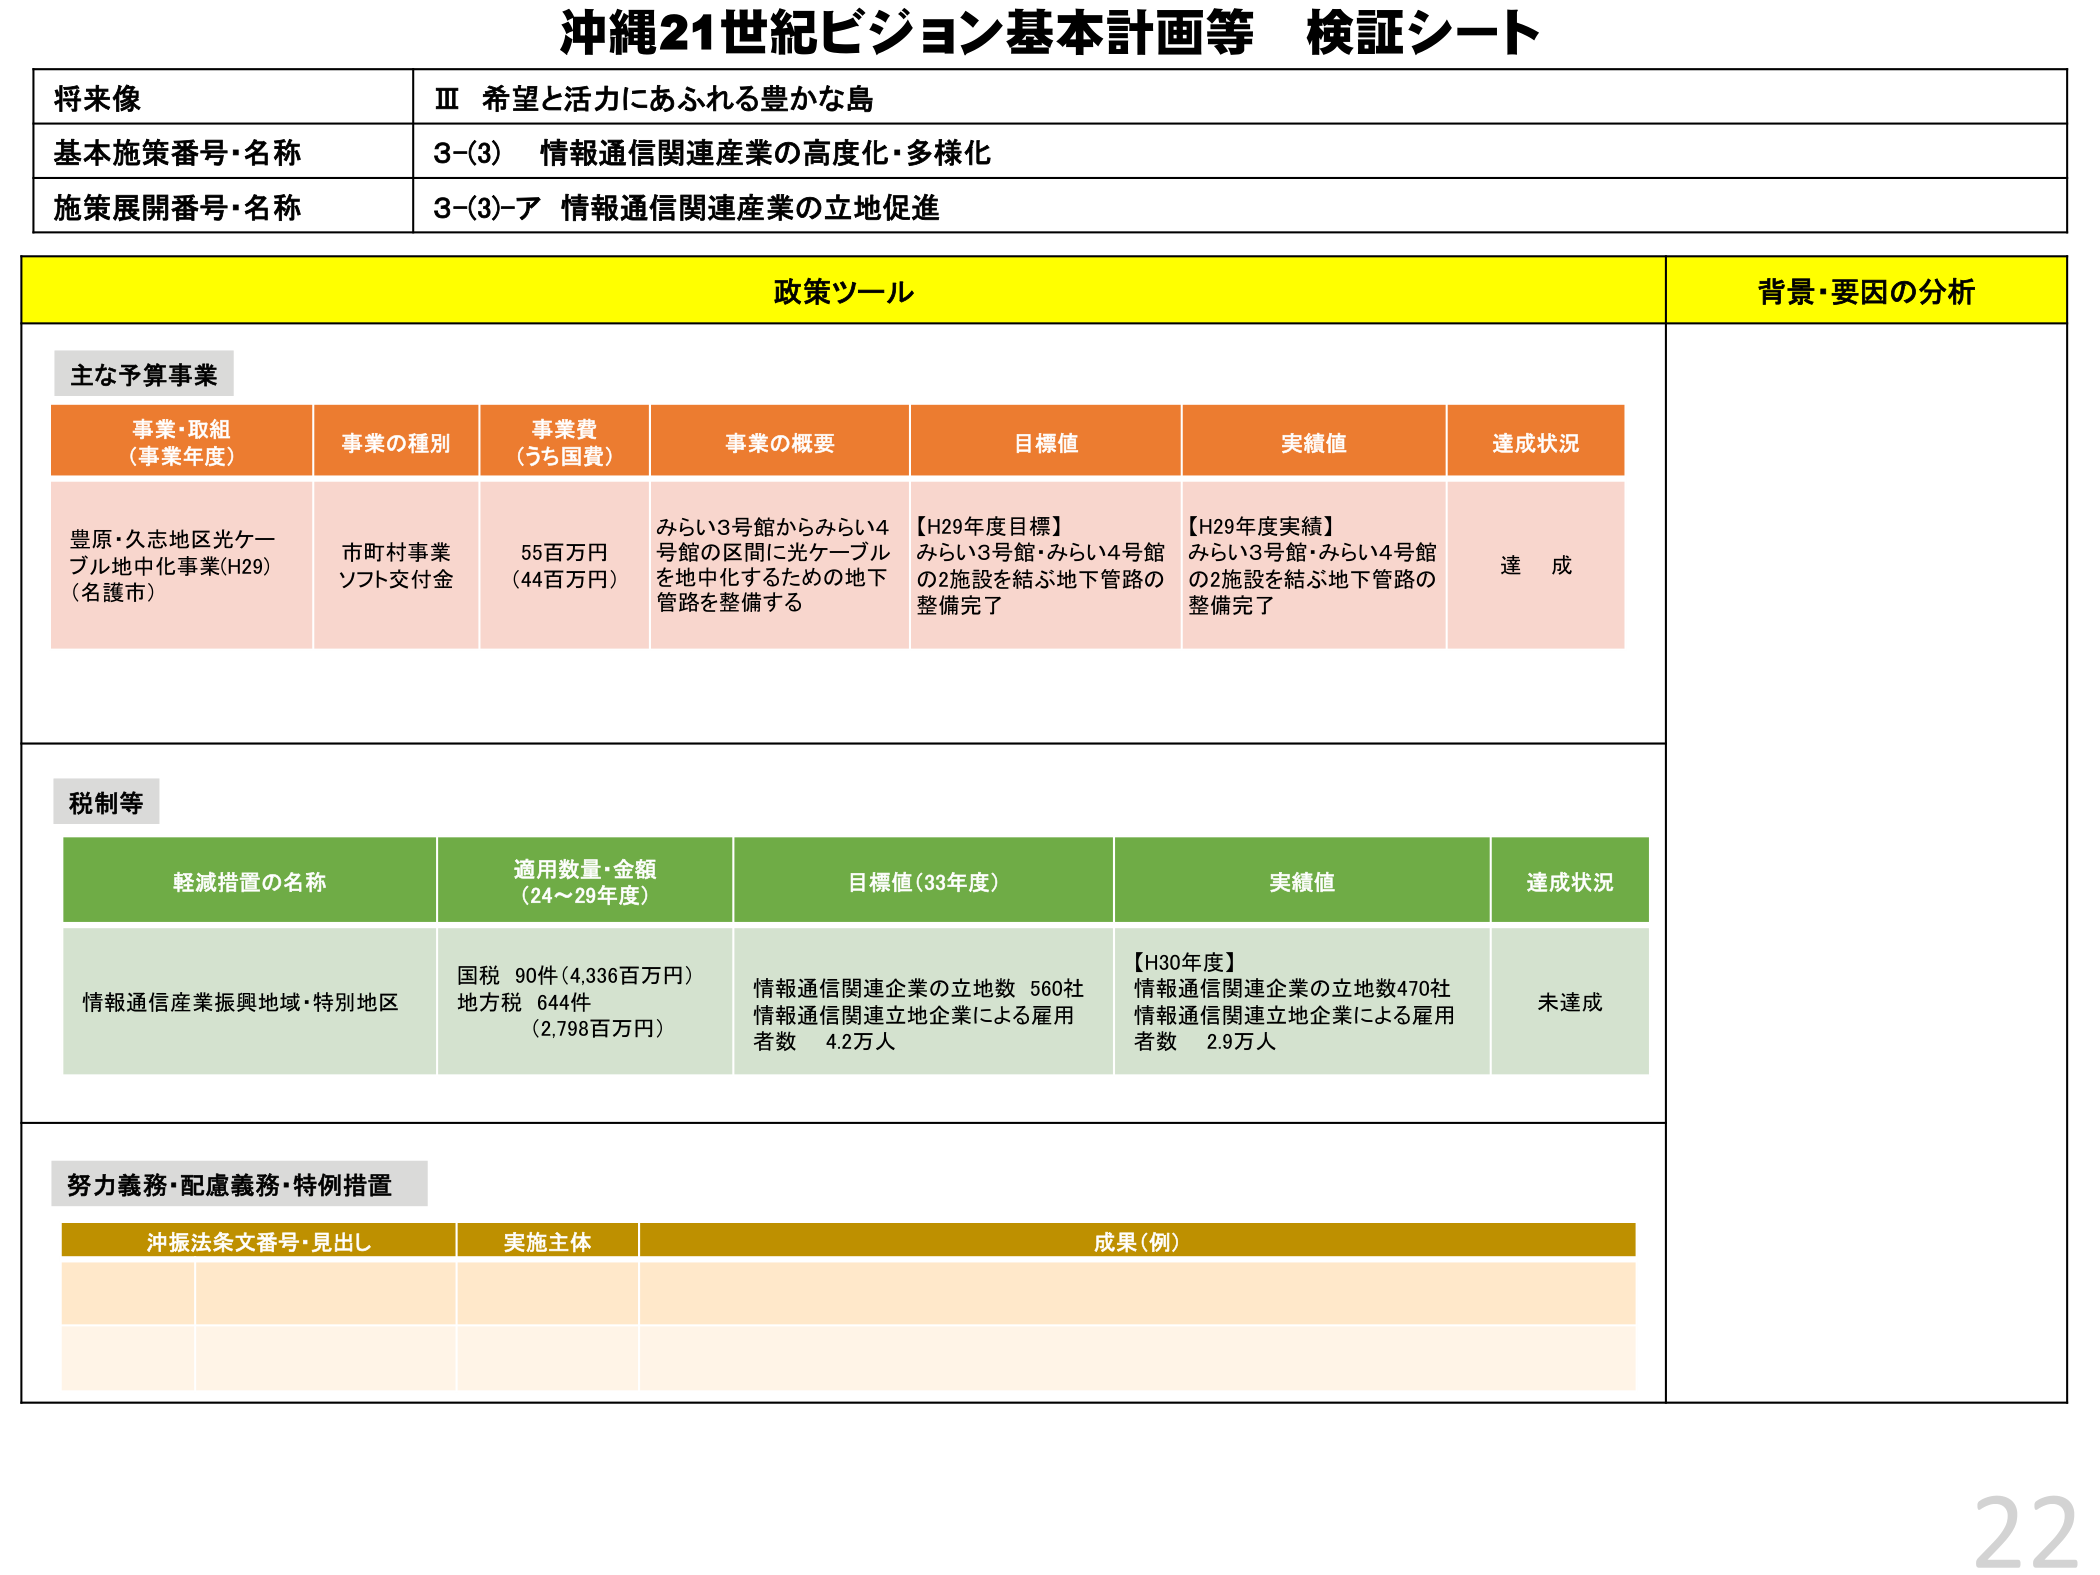
沖縄21世紀ビジョン基本計画等 検証シート

将来像
Ⅲ 希望と活力にあふれる豊かな島

基本施策番号・名称
3-(3) 情報通信関連産業の高度化・多様化

施策展開番号・名称
3-(3)-ア 情報通信関連産業の立地促進

政策ツール
背景・要因の分析

主な予算事業

事業・取組
（事業年度）
事業の種別
事業費
（うち国費）
事業の概要
目標値
実績値
達成状況

豊原・久志地区光ケーブル地中化事業(H29)
（名護市）
市町村事業
ソフト交付金
55百万円
（44百万円）
みらい3号館からみらい4号館の区間に光ケーブルを地中化するための地下管路を整備する
【H29年度目標】
みらい3号館・みらい4号館の2施設を結ぶ地下管路の整備完了
【H29年度実績】
みらい3号館・みらい4号館の2施設を結ぶ地下管路の整備完了
達成

税制等

軽減措置の名称
適用数量・金額
（24～29年度）
目標値（33年度）
実績値
達成状況

情報通信産業振興地域・特別地区
国税 90件（4,336百万円）
地方税 644件
（2,798百万円）
情報通信関連企業の立地数 560社
情報通信関連立地企業による雇用者数 4.2万人
【H30年度】
情報通信関連企業の立地数470社
情報通信関連立地企業による雇用者数 2.9万人
未達成

努力義務・配慮義務・特例措置

沖振法条文番号・見出し
実施主体
成果（例）

22